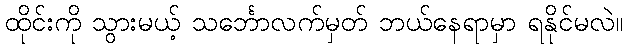
ထိုင်းကို သွားမယ့် သင်္ဘောလက်မှတ် ဘယ်နေရာမှာ ရနိုင်မလဲ။